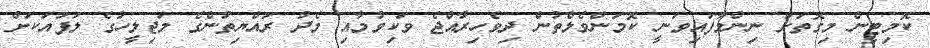
ކޮމިޓީން މިގޮތަށް ނިންމާފައިވަނީ ކޮމަންވެލްތުން ދިވެހިރާއްޖެ ވަކިވުމާއި މެދު ރައްޔިތުންގެ މަޖިލީހުގެ ލަފައަކަށް